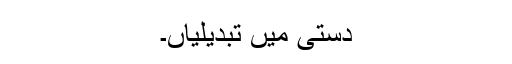
دستی میں تبدیلیاں۔